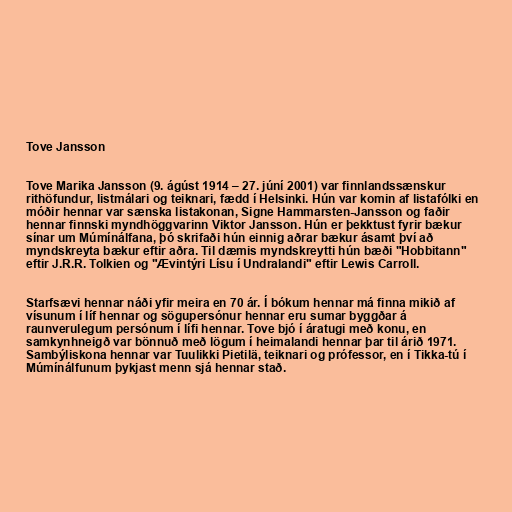
Tove Jansson

Tove Marika Jansson (9. ágúst 1914 – 27. júní 2001) var finnlandssænskur
rithöfundur, listmálari og teiknari, fædd í Helsinki. Hún var komin af listafólki en
móðir hennar var sænska listakonan, Signe Hammarsten-Jansson og faðir
hennar finnski myndhöggvarinn Viktor Jansson. Hún er þekktust fyrir bækur
sínar um Múmínálfana, þó skrifaði hún einnig aðrar bækur ásamt því að
myndskreyta bækur eftir aðra. Til dæmis myndskreytti hún bæði "Hobbitann"
eftir J.R.R. Tolkien og "Ævintýri Lísu í Undralandi" eftir Lewis Carroll.

Starfsævi hennar náði yfir meira en 70 ár. Í bókum hennar má finna mikið af
vísunum í líf hennar og sögupersónur hennar eru sumar byggðar á
raunverulegum persónum í lífi hennar. Tove bjó í áratugi með konu, en
samkynhneigð var bönnuð með lögum í heimalandi hennar þar til árið 1971.
Sambýliskona hennar var Tuulikki Pietilä, teiknari og prófessor, en í Tikka-tú í
Múmínálfunum þykjast menn sjá hennar stað.